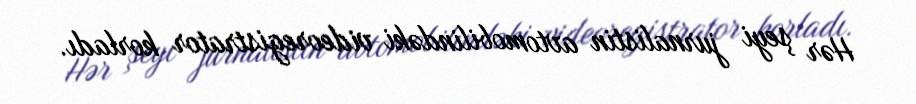
Hər şeyi jurnalistin avtomobilindəki videoregistrator korladı.